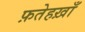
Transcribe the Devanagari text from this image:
फ़तेहख़ाँ